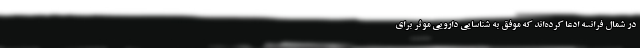
در شمال فرانسه ادعا کرده‌اند که موفق به شناسایی دارویی موثر برای